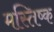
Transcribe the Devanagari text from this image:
मस्तिष्क